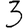
Digit: 3